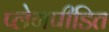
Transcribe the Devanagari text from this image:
प्लेगपीडित